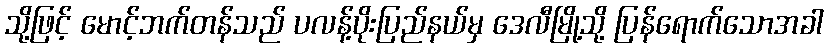
သို့ဖြင့် မောင့်ဘက်တန်သည် ပလန့်ပိုးပြည်နယ်မှ ဒေလီမြို့သို့ ပြန်ရောက်သောအခါ